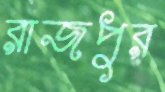
রাজপুর